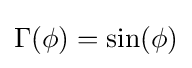
\Gamma (\phi )=\sin(\phi )